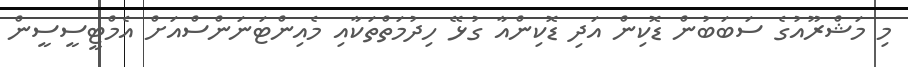
މި މަޝްރޫއުގެ ސަބަބުން ޑޮކިން އަދި ޑޮކިންއާ ގުޅޭ ހިދުމަތްތަކާއި މެއިންޓަނަންސްއަށް އެމްޓީސީސީން